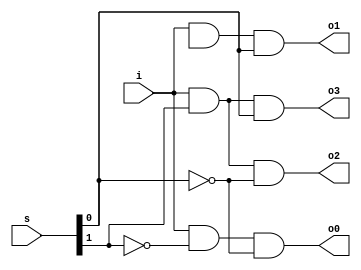
module Demultiplexer_1x4_Structural(
    o0,     // output 0 
    o1,     // output 1
    o2,     // output 2
    o3,     // output 3
    i,      // input 
    s       // mode sel
    );
    
    output o0;
    output o1;
    output o2;
    output o3;
    input i; 
    input [1:0]s;
    
    and(o0, i, ~s[1], ~s[0]);
    and(o1, i, ~S[1], s[0]);
    and(o2, i, s[1], ~s[0]);
    and(o3, i, s[1], s[0]);
endmodule